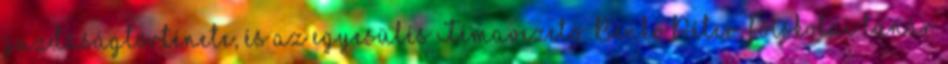
gazdaságtörténete, és az egyesülés Témavezető: Benkő Péter, főiskolai tanár